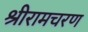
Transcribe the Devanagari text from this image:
श्रीरामचरण